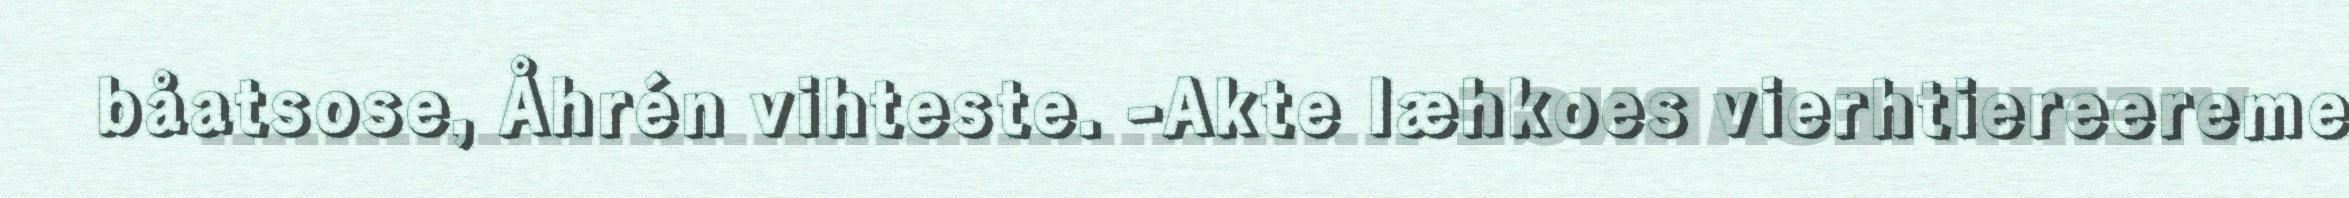
båatsose, Åhrén vihteste. -Akte læhkoes vierhtiereereme